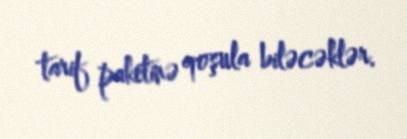
tarif paketinə qoşula biləcəklər.